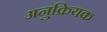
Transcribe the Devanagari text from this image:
अनुक्रियक